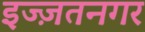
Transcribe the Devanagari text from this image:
इज्ज़तनगर